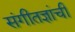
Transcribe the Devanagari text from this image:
संगीतज्ञांची